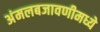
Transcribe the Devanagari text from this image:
अंमलबजावणीमध्ये